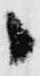
之